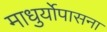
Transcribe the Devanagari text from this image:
माधुर्योपासना